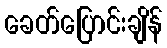
ခေတ်ပြောင်းချိန်